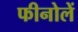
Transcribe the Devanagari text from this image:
फीनोलें